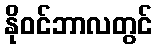
နိုဝင်ဘာလတွင်